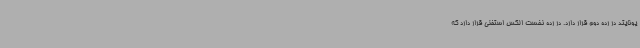
یونایتد در رده دوم قرار دارد. در رده نخست الکس استفنی قرار دارد که